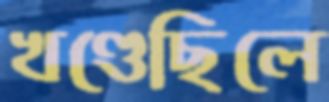
খণ্ডেছিলে